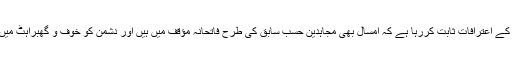
یہ شواہد اور دشمن کے اعترافات ثابت کررہا ہے کہ امسال بھی مجاہدین حسب سابق کی طرح فاتحانہ مؤقف میں ہیں اور دشمن کو خوف و گھبراہٹ میں مبتلا کررکھا ہے۔